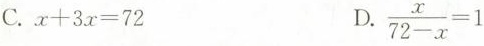
C.$$x + 3 x = 7 2$$ D. $$\frac { x } { 7 2 - x } = 1$$